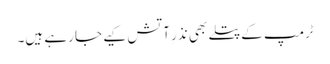
ٹرمپ کے پتلے بھی نذرِ آتش کیے جا رہے ہیں۔